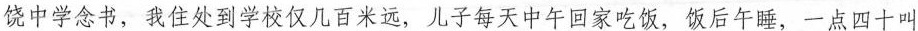
饶中学念书，我住处到学校仅几百米远，儿子每天中午回家吃饭，饭后午睡，一点四十叫